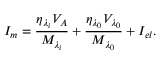
{ { I _ { m } } } = \frac { { { \eta } _ { { { \lambda } _ { i } } } } { { V } _ { { A } } } } { { { M } _ { { { \lambda } _ { i } } } } } + \frac { { { \eta } _ { { { \lambda } _ { 0 } } } } { { V } _ { { { \lambda } _ { 0 } } } } } { { { M } _ { { { \lambda } _ { 0 } } } } } + I _ { e l } .